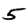
Digit: 5